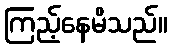
ကြည့်နေမိသည်။